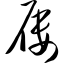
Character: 屦